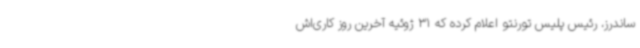
ساندرز، رئیس پلیس تورنتو اعلام کرده که 31 ژوئیه آخرین روز کاری‌اش